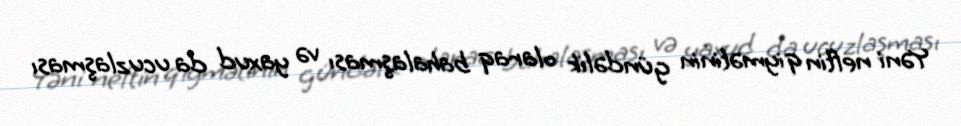
Yəni neftin qiymətinin gündəlik olaraq bahalaşması və yaxud da ucuzlaşması